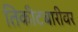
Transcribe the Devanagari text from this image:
तिकीटबारीवर